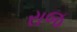
રાજ